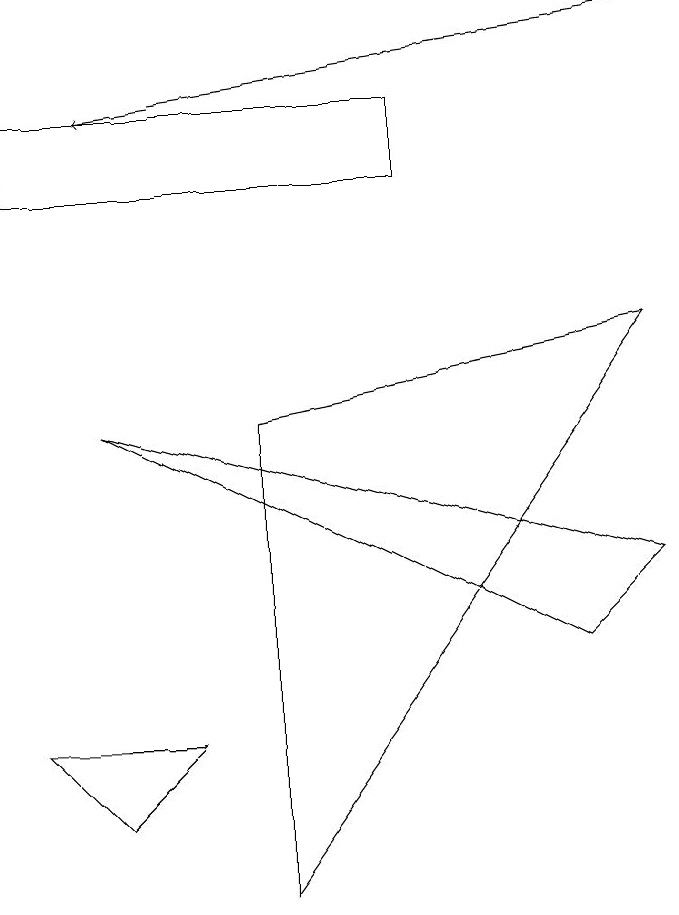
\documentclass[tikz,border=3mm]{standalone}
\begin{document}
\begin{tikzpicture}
\draw (1,4) -- (2,4) -- (1,4) -- cycle;
\draw[->] (8,13) -- (1,12);
\draw (1,8) -- (8,6) -- (7,5) -- cycle;
\draw (3,2) -- (8,9) -- (3,8) -- cycle;
\draw (1,3) -- (0,4) -- (2,4) -- cycle;
\draw (0,11) rectangle (5,12);
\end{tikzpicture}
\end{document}